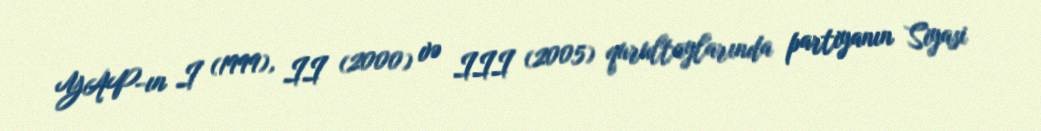
YAP-ın I (1999), II (2000) və III (2005) qurultaylarında partiyanın Siyasi